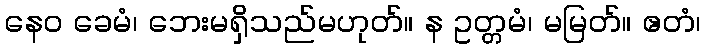
နေဝ ခေမံ၊ ဘေးမရှိသည်မဟုတ်။ န ဥတ္တမံ၊ မမြတ်။ ဧတံ၊